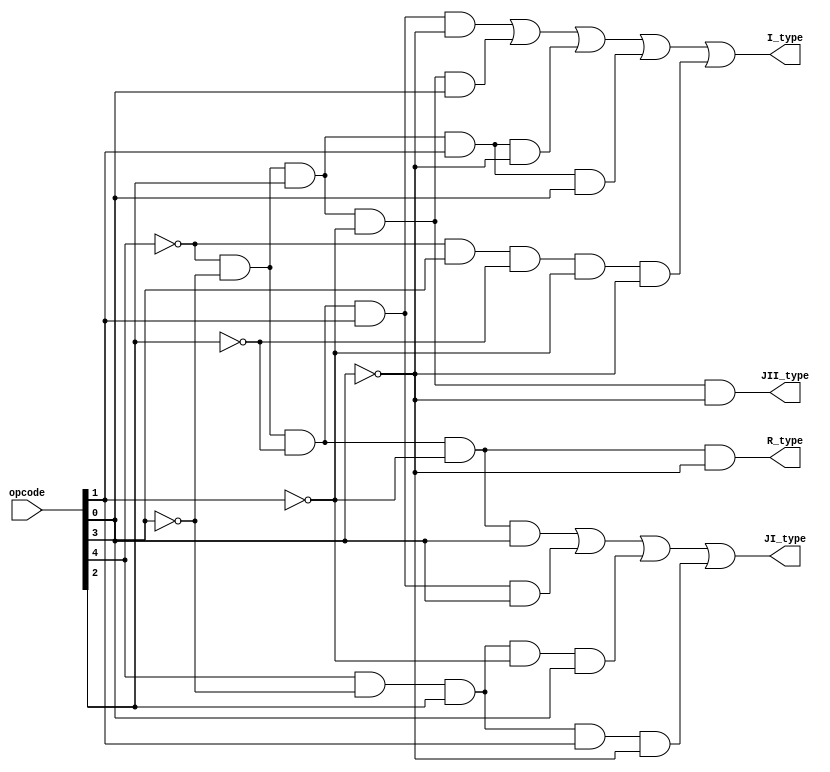
module instruction_type_decoder(opcode, R_type, I_type, JI_type, JII_type);
    
    /* Port Declarations */
        input  [4:0] opcode;
        output R_type, I_type, JI_type, JII_type;

/**********************
 **** R Type Check ****
 **********************/
    // Check for R Type 00000 Opcode
    assign R_type = (~opcode[4] && ~opcode[3] && ~opcode[2] && ~opcode[1] && ~opcode[0]);

/**********************
 **** I Type Check ****
 **********************/
    wire I_op_00010, I_op_00101, I_op_00110, I_op_00111, I_op_01000;

    // Check for I Type 00010 Opcode
    assign I_op_00010 = (~opcode[4] && ~opcode[3] && ~opcode[2] && opcode[1] && ~opcode[0]);

    // Check for I Type 00101 Opcode
    assign I_op_00101 = (~opcode[4] && ~opcode[3] && opcode[2] && ~opcode[1] && opcode[0]);

    // Check for I Type 00110 Opcode
    assign I_op_00110 = (~opcode[4] && ~opcode[3] && opcode[2] && opcode[1] && ~opcode[0]);

    // Check for I Type 00111 Opcode
    assign I_op_00111 = (~opcode[4] && ~opcode[3] && opcode[2] && opcode[1] && opcode[0]);

    // Check for I Type 01000 Opcode
    assign I_op_01000 = (~opcode[4] && opcode[3] && ~opcode[2] && ~opcode[1] && ~opcode[0]);

    assign I_type = (I_op_00010 || I_op_00101 || I_op_00110 || I_op_00111 || I_op_01000);

/***********************
 **** JI Type Check ****
 ***********************/
    wire JI_op_00001, JI_op_00011, JI_op_10101, JI_op_10110;

    // Check for JI Type 00001 Opcode
    assign JI_op_00001 = (~opcode[4] && ~opcode[3] && ~opcode[2] && ~opcode[1] && opcode[0]);

    // Check for JI Type 00011 Opcode
    assign JI_op_00011 = (~opcode[4] && ~opcode[3] && ~opcode[2] && opcode[1] && opcode[0]);

    // Check for JI Type 10101 Opcode
    assign JI_op_10101 = (opcode[4] && ~opcode[3] && opcode[2] && ~opcode[1] && opcode[0]);

    // Check for JI Type 10110 Opcode
    assign JI_op_10110 = (opcode[4] && ~opcode[3] && opcode[2] && opcode[1] && ~opcode[0]);

    assign JI_type = (JI_op_00001 || JI_op_00011 || JI_op_10101 || JI_op_10110);

 /************************
 **** JII Type Check ****
 ************************/
    // Check for JII Type 00100 Opcode
    assign JII_type = (~opcode[4] && ~opcode[3] && opcode[2] && ~opcode[1] && ~opcode[0]);

endmodule